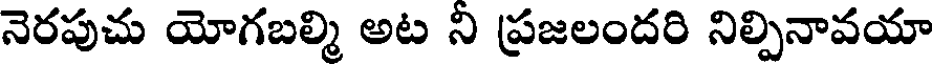
నెరపుచు యోగబల్మి అట ని ప్రజలందరి నిల్పినావయా